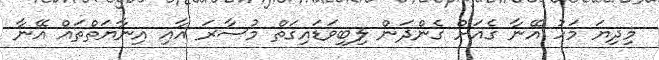
މިދިޔަ މަހު އޭނާ ގެއަށް ގެންދަން ލިބިވަޑައިގަތް މުސާރަ އާއި އިނާޔަތްތައް އޭނާ